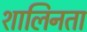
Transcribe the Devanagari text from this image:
शालिनता